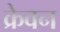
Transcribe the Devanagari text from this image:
क्रेवन